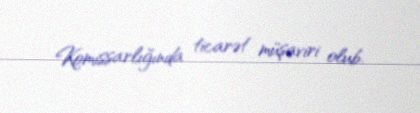
Komissarlığında ticarət müşaviri olub.